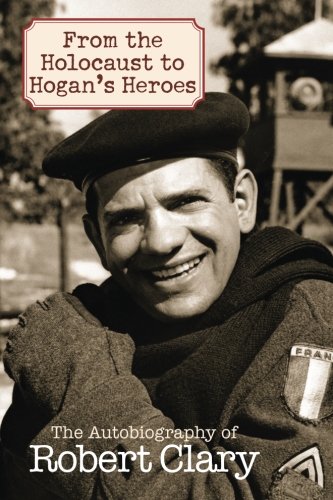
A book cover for From the Holocaust to Hogan's Heroes: The Autobiography of Robert Clary; Robert Clary; Humor & Entertainment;